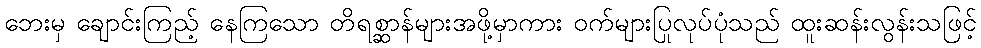
ဘေးမှ ချောင်းကြည့် နေကြသော တိရစ္ဆာန်များအဖို့မှာကား ဝက်များပြုလုပ်ပုံသည် ထူးဆန်းလွန်းသဖြင့်